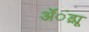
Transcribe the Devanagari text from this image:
ॲंड्र्यू